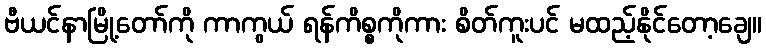
ဗီယင်နာမြို့တော်ကို ကာကွယ် ရန်ကိစ္စကိုကား စိတ်ကူးပင် မထည့်နိုင်တော့ချေ။